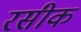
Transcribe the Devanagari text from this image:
रसीक